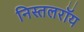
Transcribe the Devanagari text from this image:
निस्तलरॉय